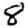
Digit: 8